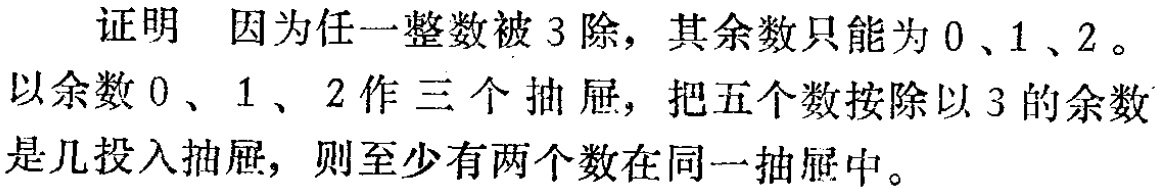
证明 因为任一整数被3除，其余数只能为0、1、2。以余数0、1、2作三个抽屉，把五个数按除以3的余数是几投入抽屉，则至少有两个数在同一抽屉中。